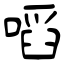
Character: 㗖